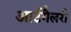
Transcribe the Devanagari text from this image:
आर्टगैलरी